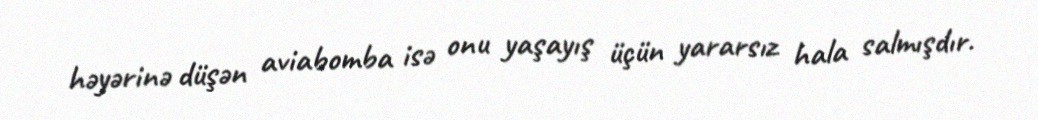
həyərinə düşən aviabomba isə onu yaşayış üçün yararsız hala salmışdır.